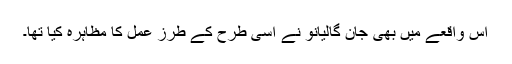
اس واقعے میں بھی جان گالیانو نے اسی طرح کے طرز عمل کا مظاہرہ کیا تھا۔